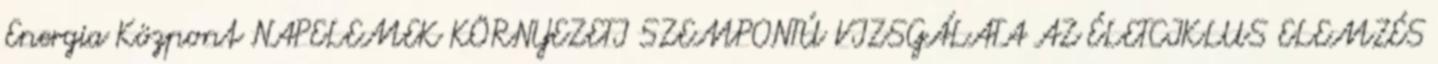
Energia Központ NAPELEMEK KÖRNYEZETI SZEMPONTÚ VIZSGÁLATA AZ ÉLETCIKLUS ELEMZÉS